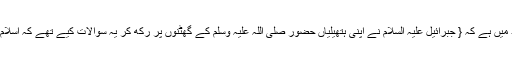
مسند احمد میں ہے کہ { جبرائیل علیہ السلام نے اپنی ہتھیلیاں حضور صلی اللہ علیہ وسلم کے گھٹنوں پر رکھ کر یہ سوالات کیے تھے کہ اسلام کیا ہے ؟